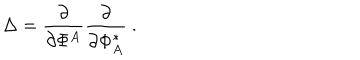
LaTeX: \Delta = \frac { \partial } { \partial \Phi ^ { A } } \frac { \partial } { \partial \Phi _ { A } ^ { \phantom { A } \! \! \! * } } \ .